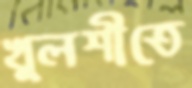
খুলশীতে